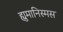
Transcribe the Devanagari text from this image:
ह्युमानिस्मस